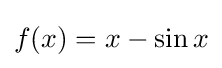
f(x)=x-\sin x